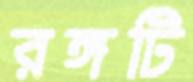
রঙ্গটি